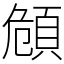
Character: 頠